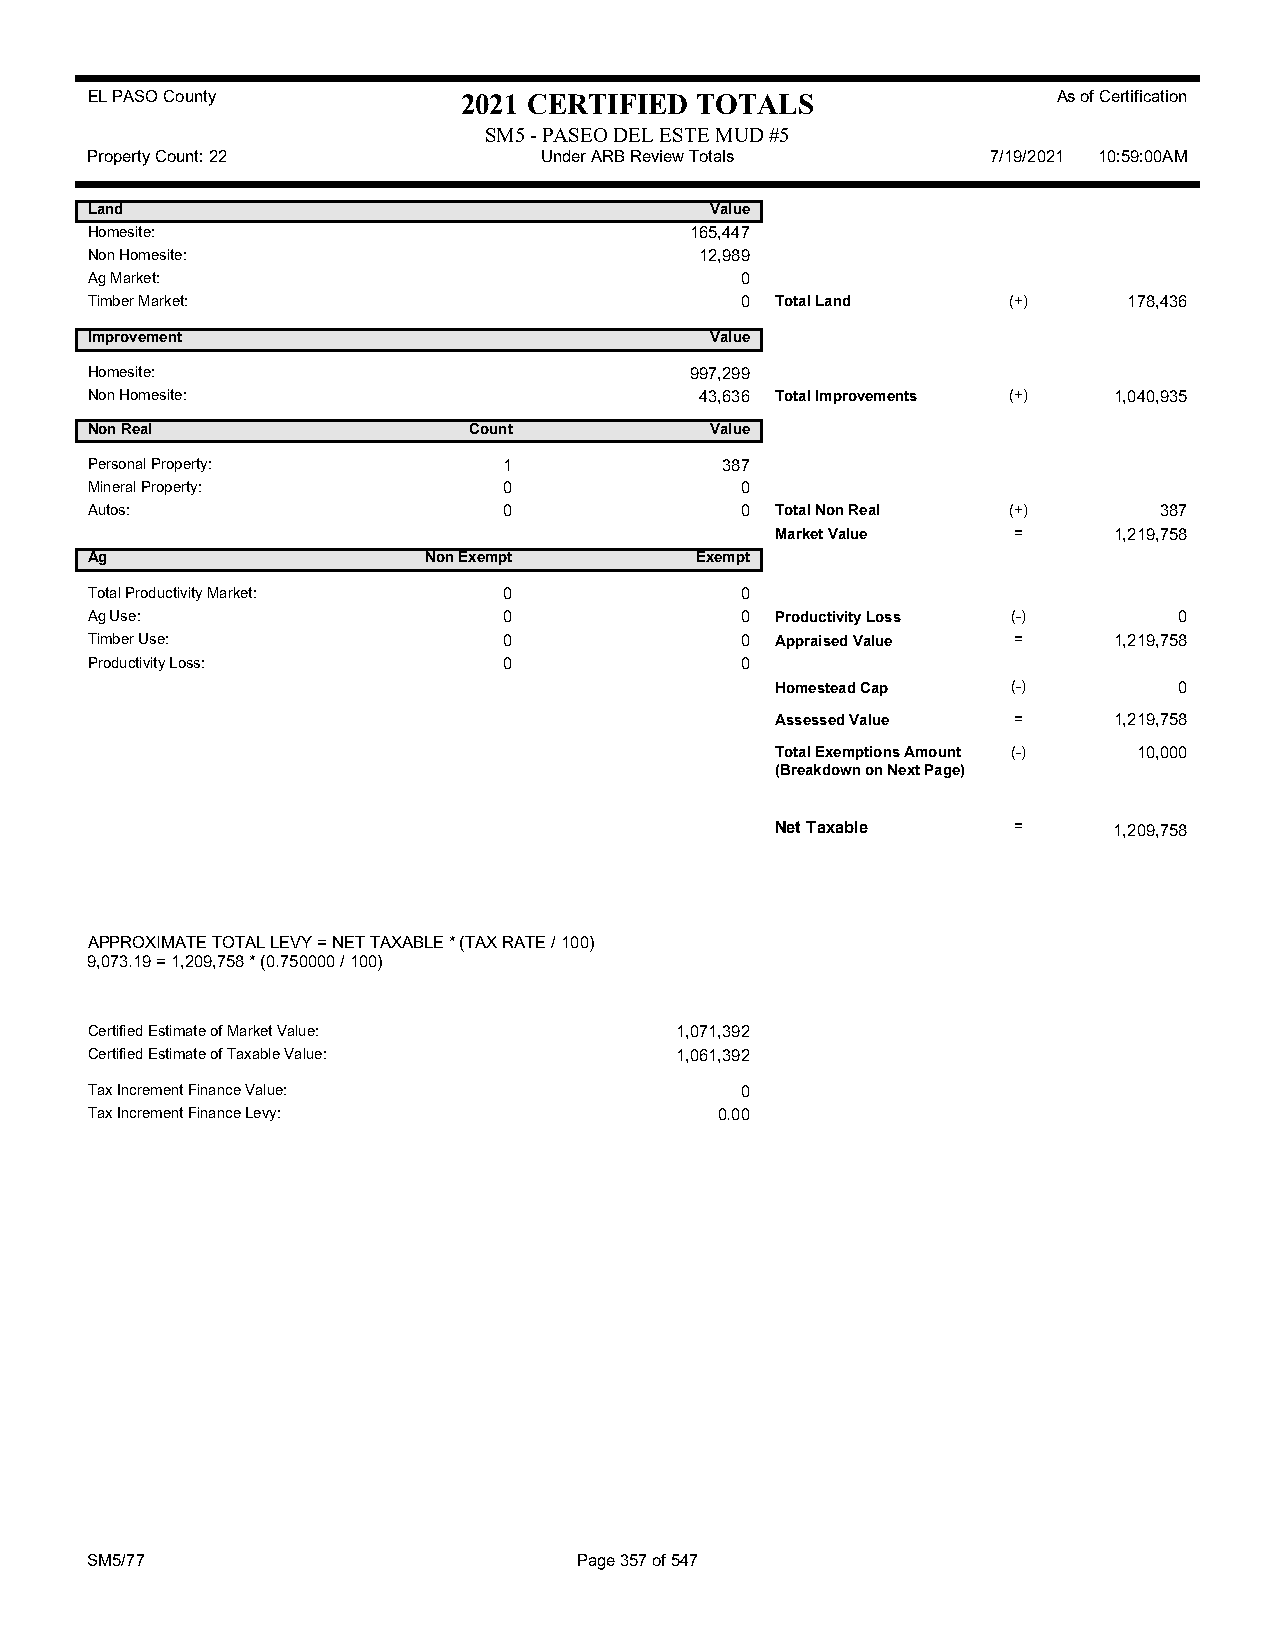
EL PASO County           2021 CERTIFIED TOTALS                  As of Certification
 SM5 - PASEO DEL ESTE MUD #5
 Property Count: 22            Under ARB Review Totals       7/19/2021 10:59:00AM
 Land                                     Value
 Homesite:                               165,447
 Non Homesite:                           12,989
 Ag Market:                                 0
 Timber Market:                             0 Total Land      (+)     178,436
 Improvement                              Value
 Homesite:                               997,299
 Non Homesite:                           43,636 Total Improvements (+) 1,040,935
 Non Real                 Count           Value
 Personal Property:         1              387
 Mineral Property:          0               0
 Autos:                     0               0 Total Non Real  (+)       387
 Market Value    =      1,219,758
 Ag                    Non Exempt        Exempt
 Total Productivity Market: 0               0
 Ag Use:                    0               0 Productivity Loss (-)      0
 Timber Use:                0               0 Appraised Value =      1,219,758
 Productivity Loss:         0               0
 Homestead Cap   (-)        0
 Assessed Value  =      1,219,758
 Total Exemptions Amount (-) 10,000
 (Breakdown on Next Page)
 Net Taxable     =      1,209,758
 APPROXIMATE TOTAL LEVY = NET TAXABLE * (TAX RATE / 100)
 9,073.19 = 1,209,758 * (0.750000 / 100)
 Certified Estimate of Market Value:    1,071,392
 Certified Estimate of Taxable Value:   1,061,392
 Tax Increment Finance Value:               0
 Tax Increment Finance Levy:               0.00
 SM5/77                          Page 357 of 547